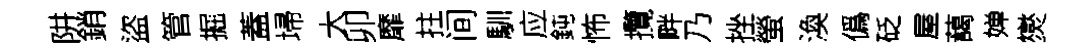
阱銷盜管掘蓋埽大卯靡拄间馴应鈍怖攬畔乃挫螢渙僞砭屋藹婵爕